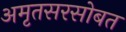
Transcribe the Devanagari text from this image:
अमृतसरसोबत